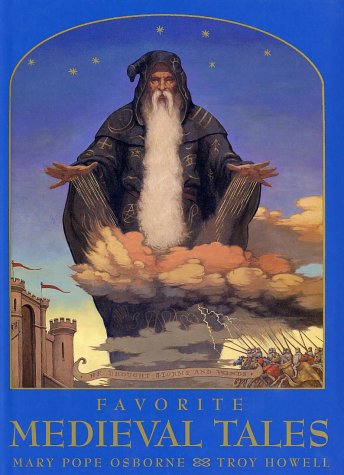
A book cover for Favorite Medieval Tales; Mary Pope Osborne; Children's Books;